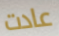
عادت